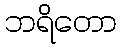
ဘရိတော